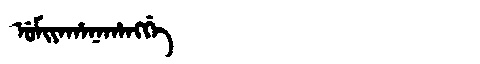
Manchu: ᡠᠮᡳᠶᠠᡥᠠᠨᠠᡥᠠᠩᡤᡝ
Romanization: UMIYAHANAHANGGE